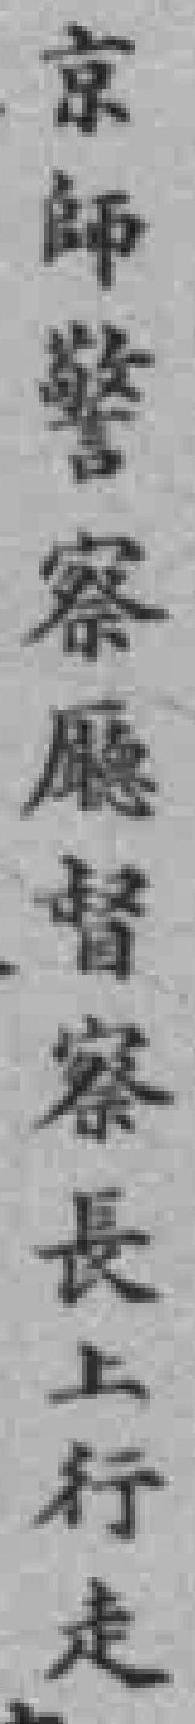
京師警察廳督察長上行走